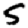
Digit: 5